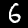
Digit: 6